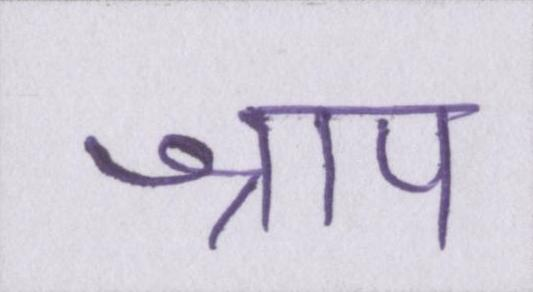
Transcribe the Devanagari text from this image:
श्राप